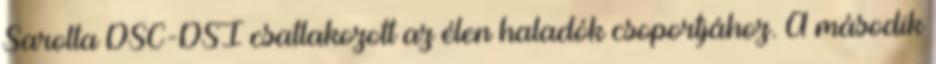
Sarolta DSC-DSI csatlakozott az élen haladók csoportjához. A második